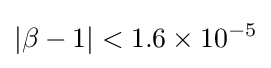
|\beta -1|<1.6\times 10^{-5}